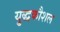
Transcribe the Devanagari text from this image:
यु्द्धकौशल